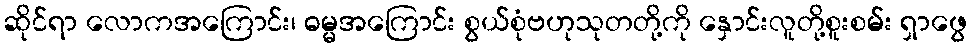
ဆိုင်ရာ လောကအကြောင်း၊ ဓမ္မအကြောင်း စွယ်စုံဗဟုသုတတို့ကို နှောင်းလူတို့စူးစမ်း ရှာဖွေ